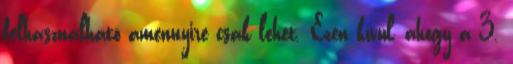
felhasználható amennyire csak lehet. Ezen kívül, ahogy a 3.